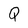
Character: Q